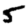
Digit: 5